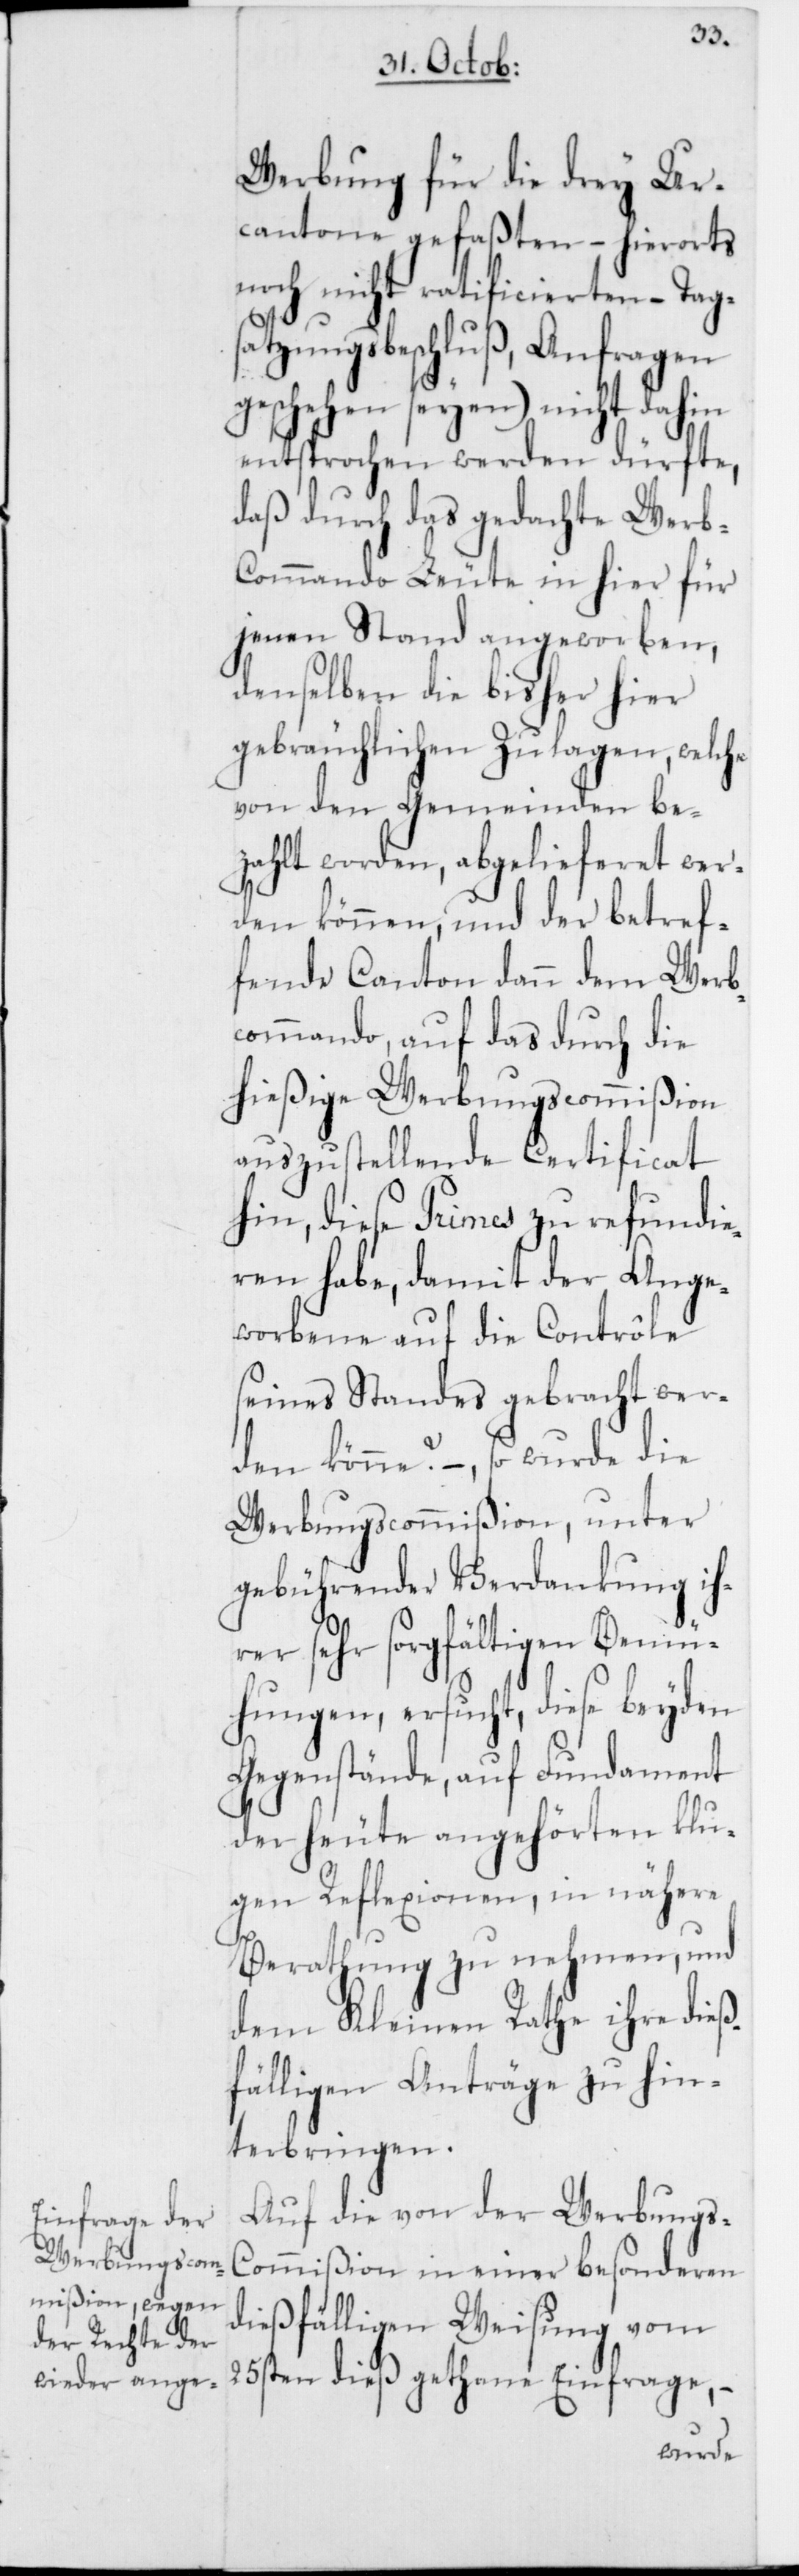
Werbung für die drey Ur¬
cantone gefaßten, – hierorts
noch nicht ratificierten –Tag¬
satzungsbeschluß, Anfragen
geschehen seyen) nicht dahin
entsprochen werden dürfte,
daß durch das gedachte Wer¬
b-Commando Leute in hier für
jenen Stand angeworben,
denselben die bisher hier
gebräuchlichen Zulagen, welche
von den Gemeinden be¬
zahlt worden, abgelieferet wer¬
den können, und der betref¬
fende Canton dann dem Werb¬
commando, auf das durch die
hießige Werbungscommißion
auszustellende Certificat
hin, diese Primes zu refundie¬
ren habe, damit der Ange¬
worbene auf die Contrôle
seines Standes gebracht wer¬
den könne? – , so wurde die
Werbungscommißion, unter
gebührender Verdankung ih¬
rer sehr sorgfältigen Bemü¬
hungen, ersucht, diese beyden
Gegenstände auf Fundament
der heute angehörten klu¬
gen Reflexionen, in nähere
Berathung zu nehmen, und
dem Kleinen Rathe ihre dieß¬
fälligen Anträge zu hin¬
terbringen.
Auf die von der Werbungs-C¬
ommißion in einer besonderen
dießfälligen Weisung vom
25sten dieß gethane Einfrage, –